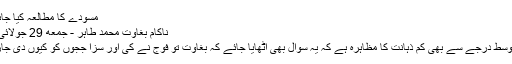
مسودے کا مطالعہ کیا جائے ت...
ناکام بغاوت محمد طاہر - جمعه 29 جولائی 2016
یہ ایک اوسط درجے سے بھی کم ذہانت کا مظاہرہ ہے کہ یہ سوال بھی اُٹھایا جائے کہ بغاوت تو فوج نے کی اور سزا ججوں کو کیوں دی جارہی ہے۔